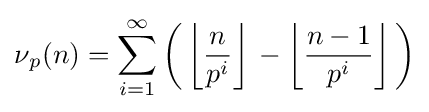
\nu {}_{p}(n)=\sum _{i=1}^{\infty {}}{{\bigg (}\left\lfloor {\frac {n}{p^{i}}}\right\rfloor {}-\left\lfloor {\frac {n-1}{p^{i}}}\right\rfloor {}{\bigg )}}